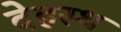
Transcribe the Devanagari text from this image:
देहस्थ